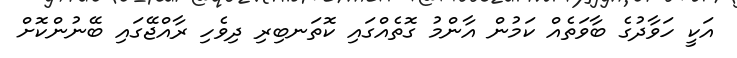
އަކީ ހަވާދުގެ ބާވަތެއް ކަމުން އާންމު ގޮތެއްގައި ކޮތަނބިރި ދިވެހި ރާއްޖޭގައި ބޭނުންކޮށް